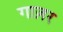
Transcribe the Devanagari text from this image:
गाज़र